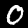
Digit: 0